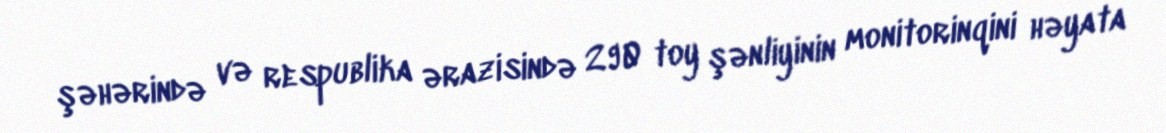
şəhərində və respublika ərazisində 290 toy şənliyinin monitorinqini həyata